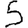
Digit: 5